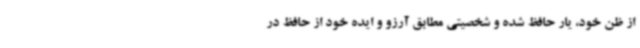
از ظن خود، یار حافظ شده و شخصیتی مطابق آرزو و ایده خود از حافظ در